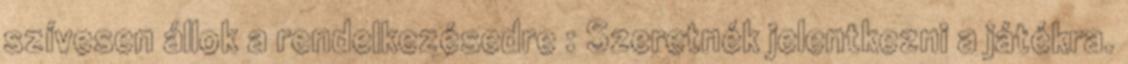
szívesen állok a rendelkezésedre : Szeretnék jelentkezni a játékra.